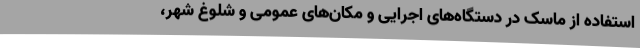
استفاده از ماسک در دستگاه‌های اجرایی و مکان‌های عمومی و شلوغ شهر،